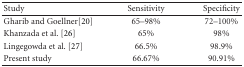
<table><thead><tr><td><b>Study</b></td><td><b>Sensitivity</b></td><td><b>Specificity</b></td></tr></thead><tbody><tr><td>Gharib and Goellner[20]</td><td>65–98%</td><td>72–100%</td></tr><tr><td>Khanzada et al. [26]</td><td>65%</td><td>98%</td></tr><tr><td>Lingegowda et al. [27]</td><td>66.5%</td><td>98.9%</td></tr><tr><td>Present study</td><td>66.67%</td><td>90.91%</td></tr></tbody></table>